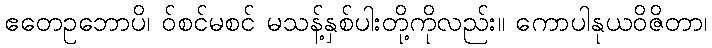
ဧတေဥဘောပိ၊ ဝ်စင်မစင် မသန့်နှစ်ပါးတို့ကိုလည်း။ ကောပါနုယဝိဇိတာ၊